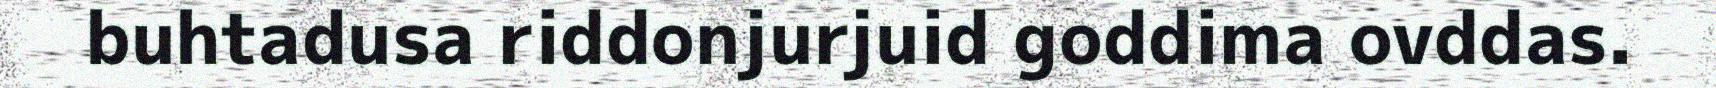
buhtadusa riddonjurjuid goddima ovddas.